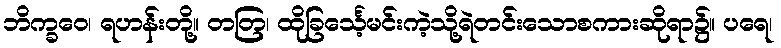
ဘိက္ခဝေ၊ ရဟန်းတို့။ တတြ၊ ထိုခြင်္သေ့မင်းကဲ့သို့ရဲတင်းသောစကားဆိုရာ၌။ ပရေ၊